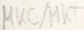
Text: MKC/MKT